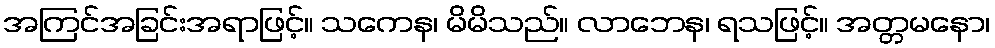
အကြင်အခြင်းအရာဖြင့်။ သကေန၊ မိမိသည်။ လာဘေန၊ ရသဖြင့်။ အတ္တမနော၊